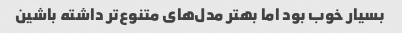
بسیار خوب بود اما بهتر مدل‌های متنوع‌تر داشته باشین